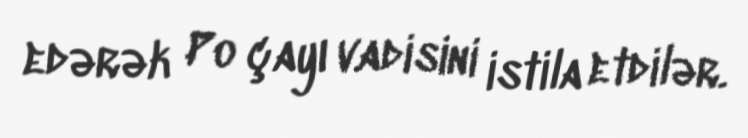
edərək Po çayı vadisini istila etdilər.